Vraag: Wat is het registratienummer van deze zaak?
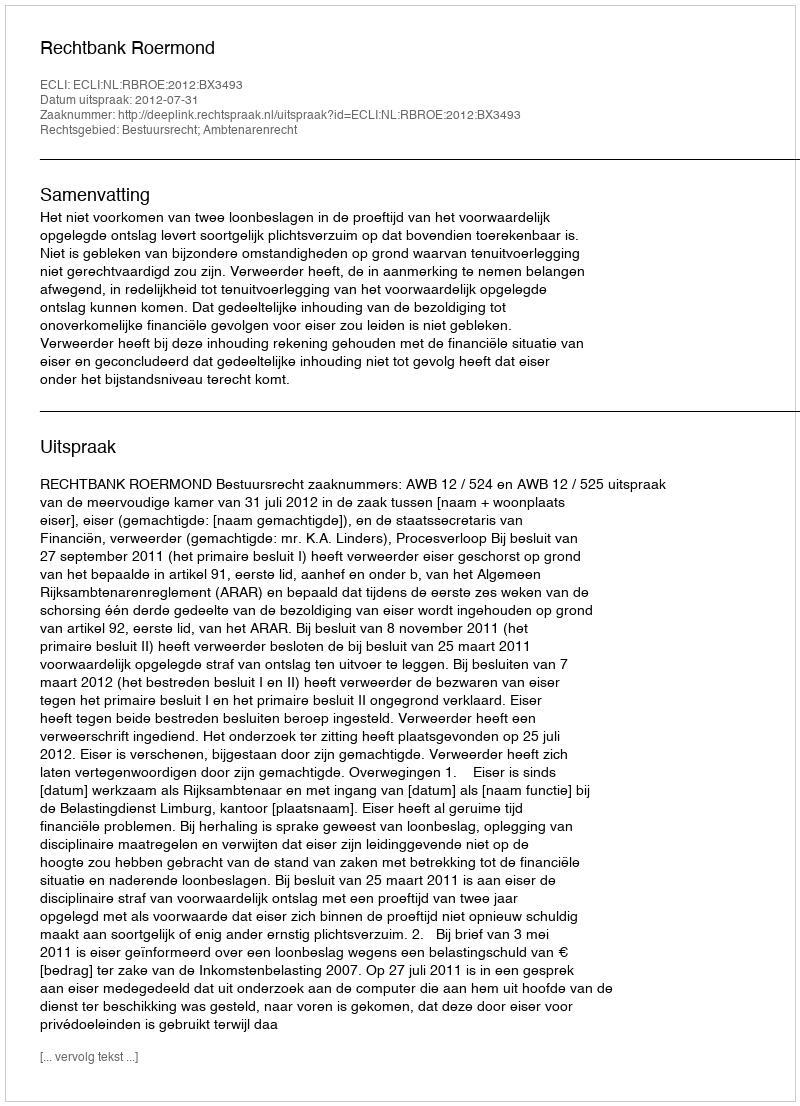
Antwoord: http://deeplink.rechtspraak.nl/uitspraak?id=ECLI:NL:RBROE:2012:BX3493